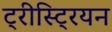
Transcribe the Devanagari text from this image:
ट्रीस्ट्रियन